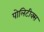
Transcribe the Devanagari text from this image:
पोलिटीक्स